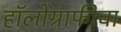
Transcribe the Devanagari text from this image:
हॉलोग्राफीचा